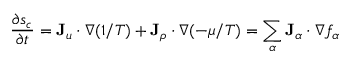
{ \frac { \partial s _ { c } } { \partial t } } = \mathbf { J } _ { u } \cdot \nabla ( 1 / T ) + \mathbf { J } _ { \rho } \cdot \nabla ( - \mu / T ) = \sum _ { \alpha } \mathbf { J } _ { \alpha } \cdot \nabla f _ { \alpha }